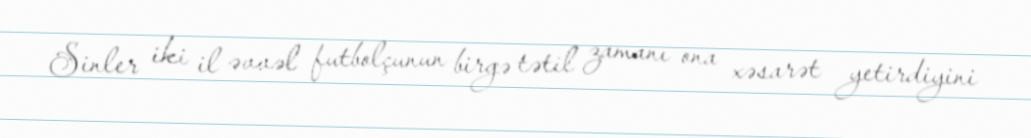
Sinler iki il əvvəl futbolçunun birgə tətil zamanı ona xəsarət yetirdiyini